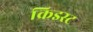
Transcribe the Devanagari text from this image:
क्रिइस्ट